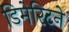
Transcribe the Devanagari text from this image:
डिमेरिटने